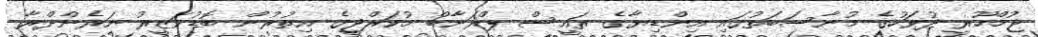
ޖުމްހޫރީ ދުވަހުގެ މުނާސަބަތުގައި އިންޑިޔާގެ ރައީސް ޕްރަނާބް މުކަރްޖީގެ އިތުރުން ބޮޑުވަޒީރު ނަރެންދްރާ